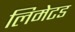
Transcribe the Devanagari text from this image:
लिमेटड